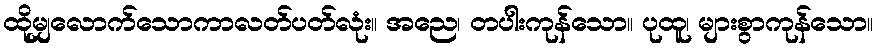
ထိုမျှလောက်သောကာလတ်ပတ်လုံး။ အညေ၊ တပါးကုန်သော။ ပုထူ၊ များစွာကုန်သော။